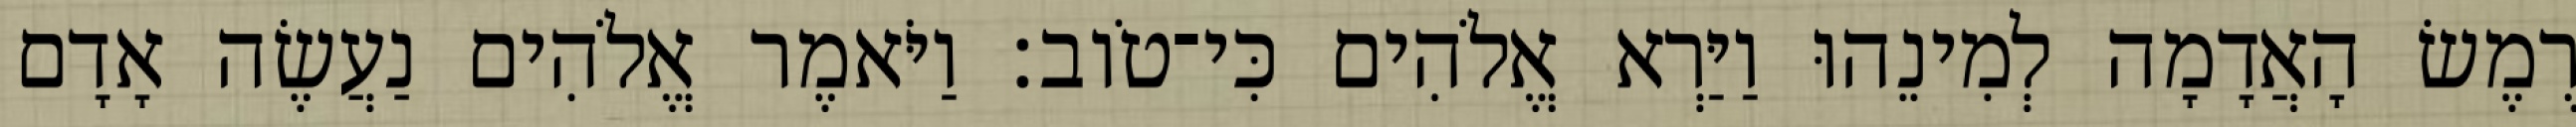
רֶמֶשׂ הָאֲדָמָה לְמִינֵהוּ וַיַּרְא אֱלֹהִים כִּי־טֹוב׃ וַיֹּאמֶר אֱלֹהִים נַעֲשֶׂה אָדָם